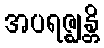
အပရဇ္ဈန္တိ